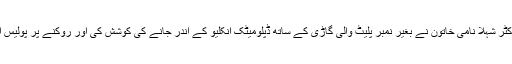
مذکورہ پولیس افسر نے درخواست میں موقف اختیار کیا تھا کہ ڈاکٹر شہلا نامی خاتون نے بغیر نمبر پلیٹ والی گاڑی کے ساتھ ڈپلومیٹک انکلیو کے اندر جانے کی کوشش کی اور روکنے پر پولیس اہلکاروں کے ساتھ بدتمیزی کی اورسنگین نتائج کی دھمکیاں دیں۔